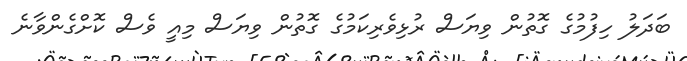
ބަދަލު ހިފުމުގެ ގޮތުން ވިޔަސް ރުޅިވެރިކަމުގެ ގޮތުން ވިޔަސް މިއީ ވެސް ކޮށްގެންވާނެ